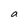
Character: a